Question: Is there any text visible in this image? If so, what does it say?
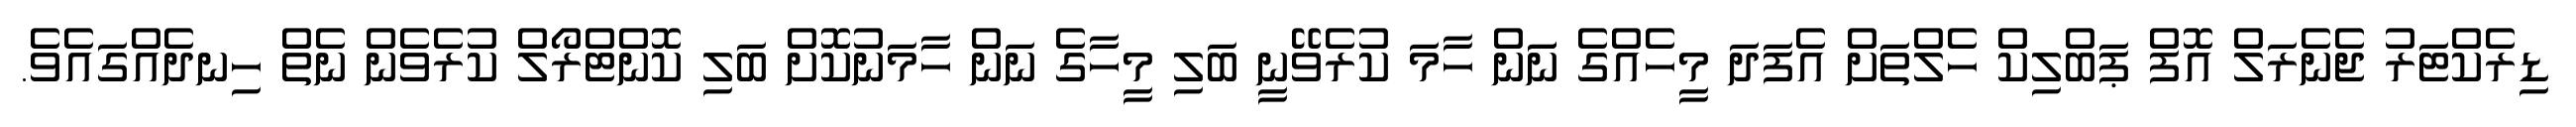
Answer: ޑިރެކްޓަރު ޖެނެރަލް އޮފް ޕަބްލިކް ހެލްތަށް އެފަދަ މީހެއްގެ ނަަން ހާމަ ކުރެވޭނީ ބަލި މީހާގެ ނަން ހާމަނުކޮށް ބަލި ކޮންޓްރޯލް ކުރެވެން ނެތް ހިނދެއްގައެވެ.